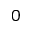
0